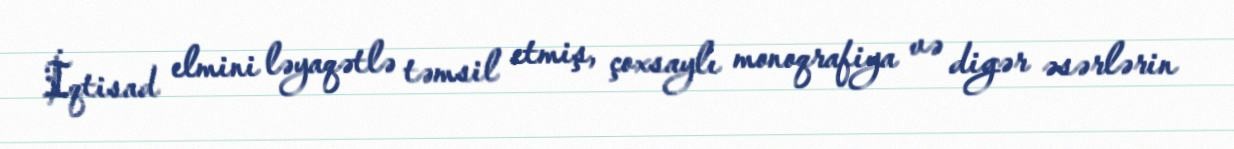
İqtisad elmini ləyaqətlə təmsil etmiş, çoxsaylı monoqrafiya və digər əsərlərin